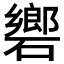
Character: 𥖡